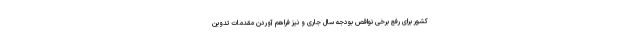
کشور برای رفع برخی نواقص بودجه سال جاری و نیز فراهم آوردن مقدمات تدوین